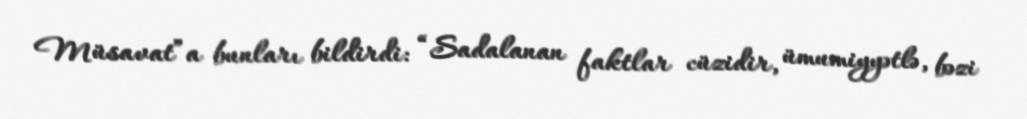
Müsavat”a bunları bildirdi: “Sadalanan faktlar cüzidir, ümumiyyətlə, bəzi